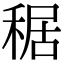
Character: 䅕